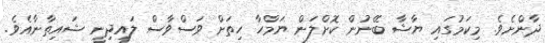
ދާންށެވެ. މިކަމުގައި ޔާޝާ ބޭނުން ކޮށްލަން ޔަމްހާ ހިތަށް ވަސްވާސް ލައިދިނީ ޝައިތާނާއެވެ.